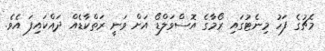
މެޗުގެ ފަހު މިނެޓުގައި ރޯމާގެ އޮސްވަލްޑޯ އަށް ވަނީ ރަތްކާޑެއް ދައްކައިފަ އެވެ.